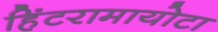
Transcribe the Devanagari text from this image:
हिंटरामायोटा